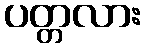
ပတ္တလား